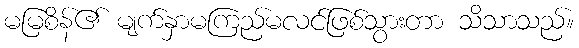
မမြစိန်၏ မျက်နှာမကြည်မလင်ဖြစ်သွားတာ သိသာသည်။